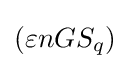
(\varepsilon nGS_{q})\,\!